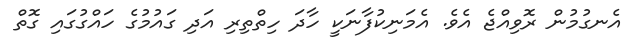
އެނގުމުން ރޮވިއްޖެ އެވެ. އެމަނިކުފާނަކީ ހާދަ ހިތްތިރި އަދި ގައުމުގެ ހައްގުގައި ގޮތް